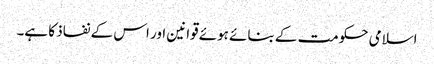
اسلامی حکومت کے بنائے ہوئے قوانین اور اس کے نفاذ کا ہے۔